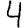
Digit: 4